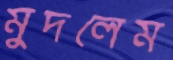
মুদলেম